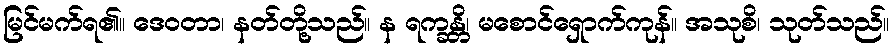
မြင်မက်ရ၏။ ဒေဝတာ၊ နတ်တို့သည်။ န ရက္ခန္တိ၊ မစောင်ရှောက်ကုန်။ အသုစိ၊ သုတ်သည်။